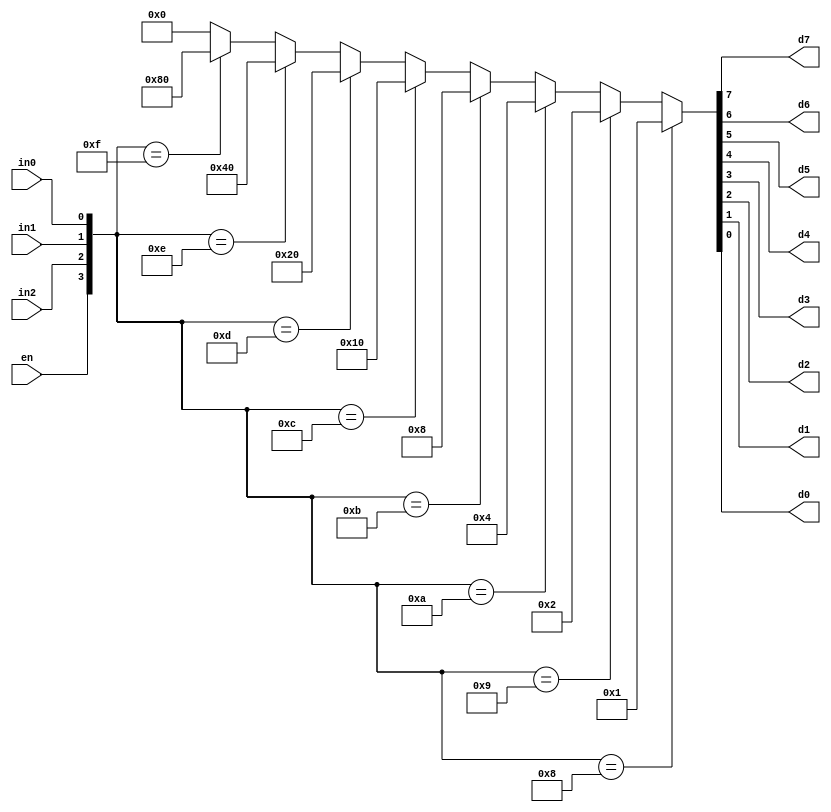
`timescale 1ns / 1ps
//////////////////////////////////////////////////////////////////////////////////
// Company: 
// Engineer: 
// 
// Design Name: 
// Module Name: Decoder_3to8
// Project Name: 
// Target Devices: 
// Tool Versions: 
// Description: 
// 
// Dependencies: 
// 
// Revision:
// Revision 0.01 - File Created
// Additional Comments:
// 
//////////////////////////////////////////////////////////////////////////////////


module Decoder_3to8(d7,d6,d5,d4,d3,d2,d1,d0,in2,in1,in0,en);
    input in2,in1,in0,en;
    output d7,d6,d5,d4,d3,d2,d1,d0;
    
    assign {d7,d6,d5,d4,d3,d2,d1,d0} = ( {en,in2,in1,in0} == 4'b 1000) ? 8'b0000_0001:
                                       ( {en,in2,in1,in0} == 4'b 1001) ? 8'b0000_0010:  
                                       ( {en,in2,in1,in0} == 4'b 1010) ? 8'b0000_0100:
                                       ( {en,in2,in1,in0} == 4'b 1011) ? 8'b0000_1000:
                                       ( {en,in2,in1,in0} == 4'b 1100) ? 8'b0001_0000:
                                       ( {en,in2,in1,in0} == 4'b 1101) ? 8'b0010_0000:
                                       ( {en,in2,in1,in0} == 4'b 1110) ? 8'b0100_0000:
                                       ( {en,in2,in1,in0} == 4'b 1111) ? 8'b1000_0000:
                                                                         8'b0000_0000;
    
endmodule